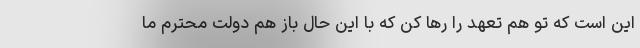
این است که تو هم تعهد را رها کن که با این حال باز هم دولت محترم ما